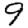
Digit: 9